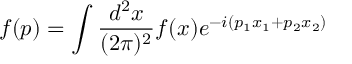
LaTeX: f ( p ) = \int \frac { d ^ { 2 } x } { ( 2 \pi ) ^ { 2 } } f ( x ) e ^ { - i ( p _ { 1 } x _ { 1 } + p _ { 2 } x _ { 2 } ) }